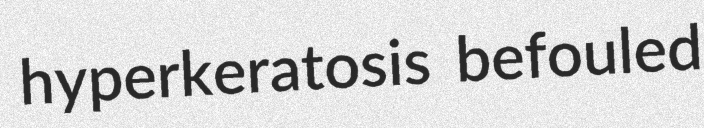
hyperkeratosis befouled